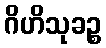
ဂိဟိသုခဉ္စ